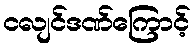
ငလျင်ဒဏ်ကြောင့်